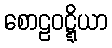
စောဠဝဋ္ဋိယာ